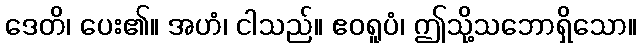
ဒေတိ၊ ပေး၏။ အဟံ၊ ငါသည်။ ဧဝရူပံ၊ ဤသို့သဘောရှိသော။